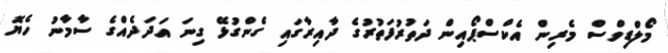
މޯލްޑިވްސް މެރިން އެކްސްޕޯއިން ދަތުރުފަތުރުގެ ދާއިރާގައި ގެންގުޅޭ ގިނަ އަދަދެއްގެ ސާމާނު ހެޔޮ